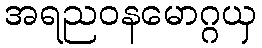
အရညဝနမောဂ္ဂယှ